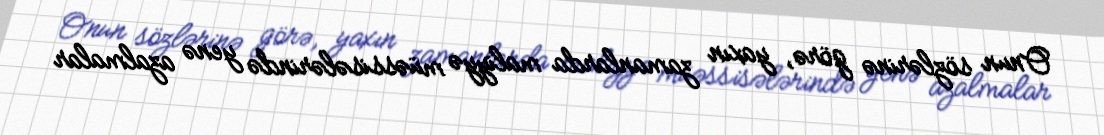
Onun sözlərinə görə, yaxın zamanlarda maliyyə müəssisələrində yenə azalmalar